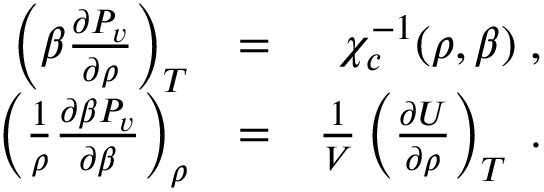
\begin{array} { r l r } { \left( \beta \frac { \partial P _ { v } } { \partial \rho } \right) _ { T } } & { = } & { \chi _ { c } ^ { - 1 } ( \rho , \beta ) \; , } \\ { \left( \frac { 1 } { \rho } \frac { \partial \beta P _ { v } } { \partial \beta } \right) _ { \rho } } & { = } & { \frac { 1 } { V } \left( \frac { \partial U } { \partial \rho } \right) _ { T } \; . } \end{array}